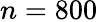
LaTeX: n=800